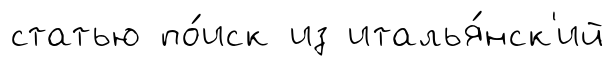
статью по́иск из италья́нск'ий